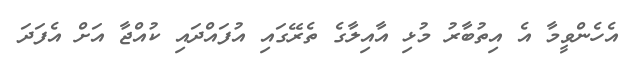
އެހެންވީމާ އެ އިތުބާރު މުޅި އާއިލާގެ ތެރޭގައި އުފައްދައި ކުއްޖާ އަށް އެފަދަ